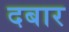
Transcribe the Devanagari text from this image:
दबार